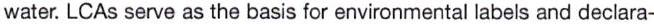
water. LCAs serve as the basis for environmental labels and declara-